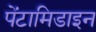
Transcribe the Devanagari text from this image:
पेंटामिडाइन